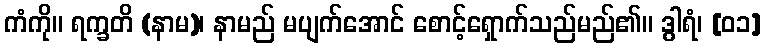
ကံကို။ ရက္ခတိ (နာမ)၊ နာမည် မပျက်အောင် စောင့်ရှောက်သည်မည်၏။ ဒွါရံ၊ [၀၁]